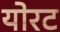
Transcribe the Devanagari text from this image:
योरट